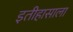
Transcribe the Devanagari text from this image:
इतीहासाला